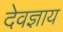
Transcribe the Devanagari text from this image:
देवज्ञाय